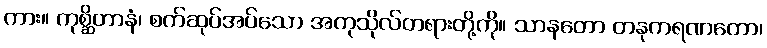
ကား။ ကုစ္ဆိတာနံ၊ စက်ဆုပ်အပ်သော အကုသိုလ်တရားတို့ကို။ သာနတော တနုကရဏတော၊